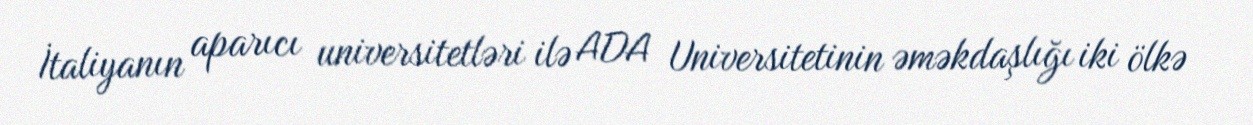
İtaliyanın aparıcı universitetləri ilə ADA Universitetinin əməkdaşlığı iki ölkə